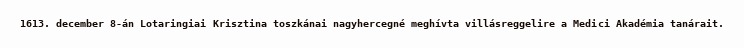
1613. december 8-án Lotaringiai Krisztina toszkánai nagyhercegné meghívta villásreggelire a Medici Akadémia tanárait.